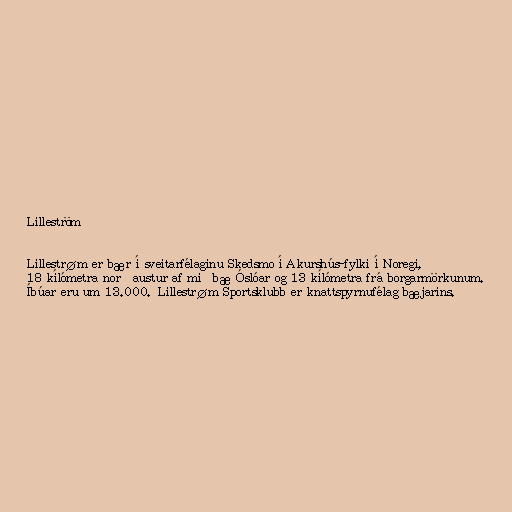
Lilleström

Lillestrøm er bær í sveitarfélaginu Skedsmo í Akurshús-fylki í Noregi,
18 kílómetra norðaustur af miðbæ Óslóar og 13 kílómetra frá borgarmörkunum.
Íbúar eru um 13.000. Lillestrøm Sportsklubb er knattspyrnufélag bæjarins.